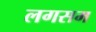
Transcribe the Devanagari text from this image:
लगसम